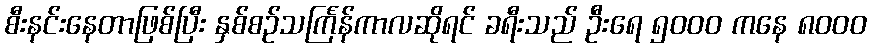
စီးနင်းနေတာဖြစ်ပြီး နှစ်စဉ်သင်္ကြန်ကာလဆိုရင် ခရီးသည် ဦးရေ ၅၀၀၀ ကနေ ၈၀၀၀